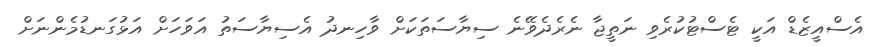
އެސްއީޒެޑް އަކީ ޓެސްޓުކުރެވި ނަތީޖާ ނެރެދެވޭނެ ސިޔާސަތަކަށް ވާހިނދު އެސިޔާސަތު އަވަހަށް އަޅުގަނޑުމެންނަށް